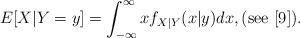
LaTeX: \begin{align*}E[X|Y=y] = \int_{-\infty}^\infty x f_{X|Y} (x|y)dx,(\textnormal{see} \,\, [9]).\end{align*}